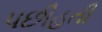
પછીહતી